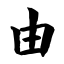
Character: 由